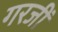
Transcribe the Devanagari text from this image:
गरजीं